Proceedings of the meeting of veterinary officers in India
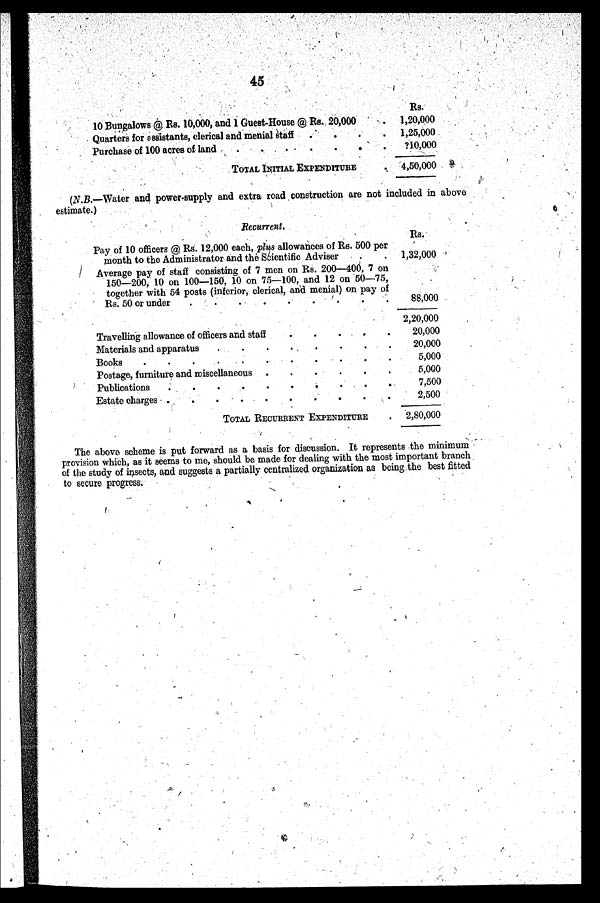
45
10 Bungalows @ Rs. 10,000, and 1 Guest-House @ Rs. 20,000
Quarters for assistants, clerical and menial staff
.
Purchase of 100 acres of land
TOTAL INITIAL EXPENDITURE
Rs.
1,20,000
1,25,000
?10,000
4,50,000
(N.B.—Water and power-supply and extra road construction are not included in above
estimate.)
Recurrent.
Pay of 10 officers @ Rs. 12,000 each, plus allowances of Rs. 500 per
month to the Administrator and the Scientific Adviser
Average pay of staff consisting of 7 men on Rs. 200—400, 7 on
150—200, 10 on 100—150, 10 on 75—100, and 12 on 50—75,
together with 54 posts (inferior, clerical, and menial) on pay of
Rs. 50 or under
.
.
.
.
.
.
.
.
.
Travelling allowance of officers and staff
.
.
.
.
.
Materials and apparatus
.
.
.
.
.
.
.
.
Postage, furniture and miscellaneous .
.
.
.
.
.
TOTAL RECURRENT EXPENDITURE
Rs.
1,32,000
88,000
2,20,000
20,000
20,000
5,000
5,000
7,500
2,500
2,80,000
The above scheme is put forward as a basis for discussion. It represents the minimum
provision which, as it seems to me, should be made for dealing with the most important branch
of the study of insects, and suggests a partially centralized organization as being the best fitted
to secure progress.